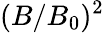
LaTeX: (B/B_{0})^{2}